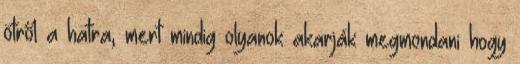
ötről a hatra, mert mindig olyanok akarják megmondani hogy